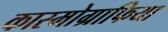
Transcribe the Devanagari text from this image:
कास्मोग्राफिया